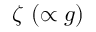
\zeta ~ ( \propto g )